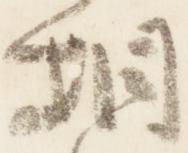
相